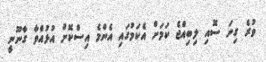
ވުރެ ގިނަ ސޮއި ލިބިއްޖެ ކަމަށް އެކަމުގައި އެންމެ އިސްކޮށް އުޅުއްވާ ގާނޫނީ